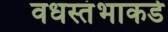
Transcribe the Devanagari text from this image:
वधस्तंभाकडे